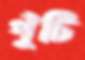
পুঁটি